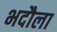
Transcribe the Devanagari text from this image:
भदौला